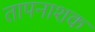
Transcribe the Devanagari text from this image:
तापनाशक